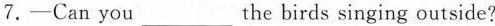
7.—Can you___the birds singing outside?